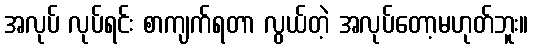
အလုပ် လုပ်ရင်း စာကျက်ရတာ လွယ်တဲ့ အလုပ်တော့မဟုတ်ဘူး။